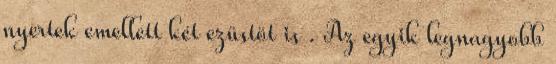
nyertek emellett két ezüstöt is . Az egyik legnagyobb